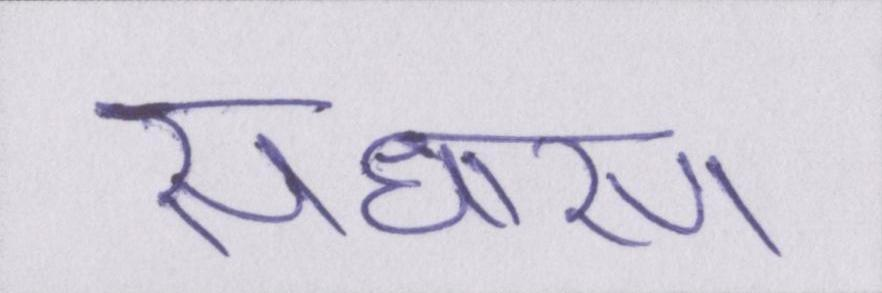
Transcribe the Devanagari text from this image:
साधारण